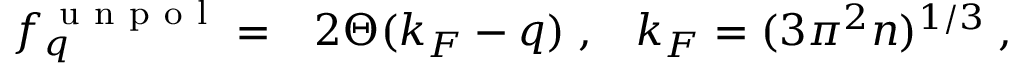
\begin{array} { r l r } { f _ { q } ^ { \mathrm { ~ u ~ n ~ p ~ o ~ l ~ } } = } & { { } 2 \Theta ( k _ { F } - q ) \; , } & { k _ { F } = ( 3 \pi ^ { 2 } n ) ^ { 1 / 3 } \; , } \end{array}